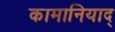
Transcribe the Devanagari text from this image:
कामानियाद्